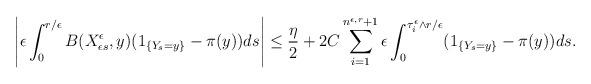
LaTeX: \begin{align*}\left|\epsilon\int_0^{r/\epsilon}B(X_{\epsilon s}^\epsilon,y)(1_{\{Y_{s}=y\}}-\pi(y))ds\right|\leq\frac{\eta}{2}+2C\sum_{i=1}^{n^{\epsilon,r}+1}\epsilon\int_{0}^{\tau_i^\epsilon\wedge r/\epsilon}(1_{\{Y_{s}=y\}}-\pi(y))ds.\end{align*}